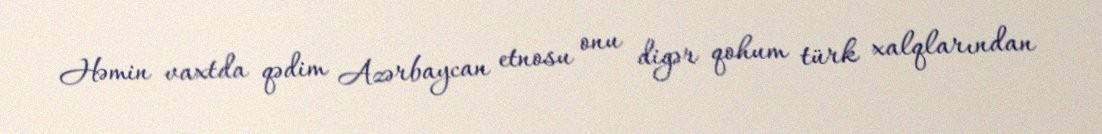
Həmin vaxtda qədim Azərbaycan etnosu onu digər qohum türk xalqlarından